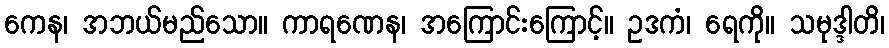
ကေန၊ အဘယ်မည်သော။ ကာရဏေန၊ အကြောင်းကြောင့်။ ဥဒကံ၊ ရေကို။ သမုဒ္ဒါတိ၊